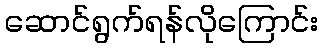
ဆောင်ရွက်ရန်လိုကြောင်း